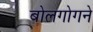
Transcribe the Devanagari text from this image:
बोलगोगने